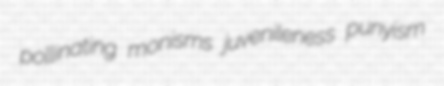
pollinating monisms juvenileness punyism